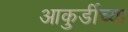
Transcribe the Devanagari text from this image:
आकुर्डीच्या